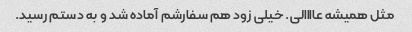
مثل همیشه عاااالی. خیلی زود هم سفارشم آماده شد و به دستم رسید.